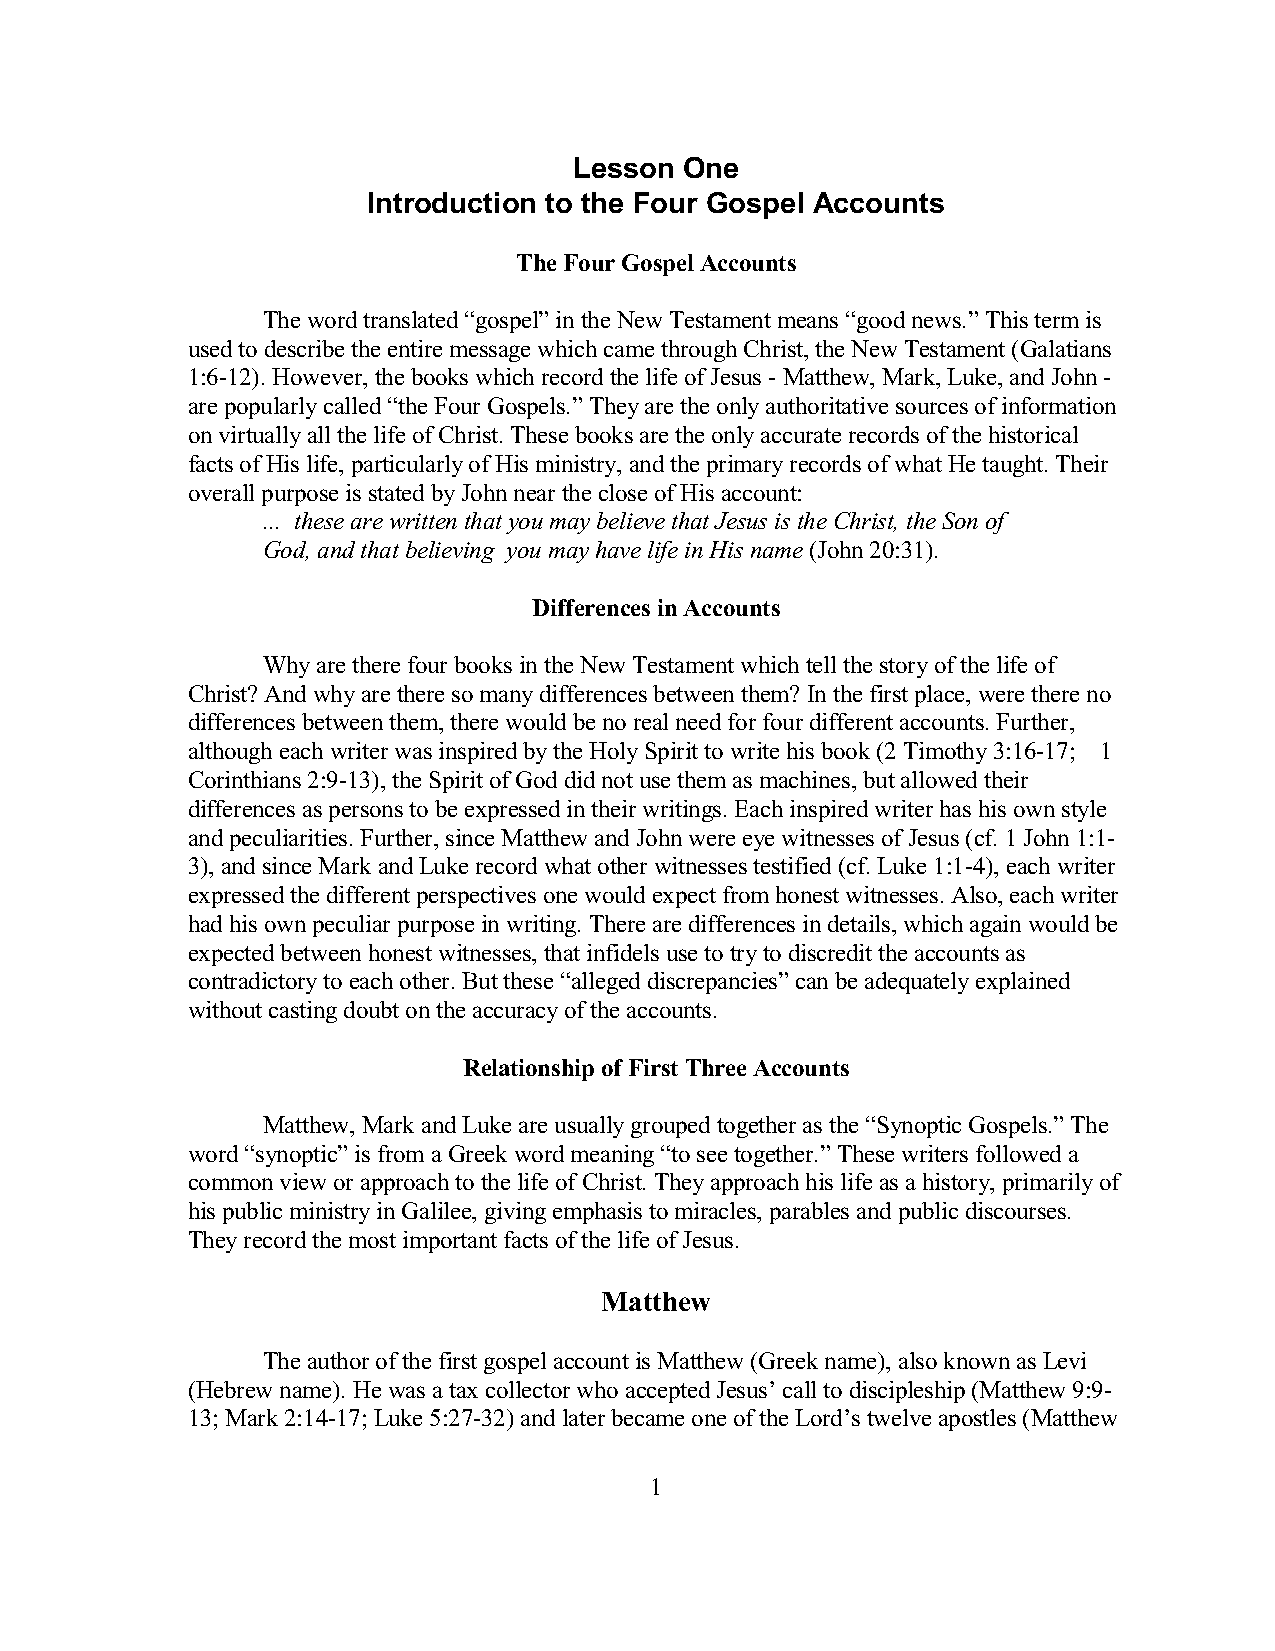
Lesson One
 Introduction to the Four Gospel Accounts
 The Four Gospel Accounts
 The word translated “gospel” in the New Testament means “good news.” This term is
 used to describe the entire message which came through Christ, the New Testament (Galatians
 1:6-12). However, the books which record the life of Jesus - Matthew, Mark, Luke, and John -
 are popularly called “the Four Gospels.” They are the only authoritative sources of information
 on virtually all the life of Christ. These books are the only accurate records of the historical
 facts of His life, particularly of His ministry, and the primary records of what He taught. Their
 overall purpose is stated by John near the close of His account:
 ... these are written that you may believe that Jesus is the Christ, the Son of
 God, and that believing you may have life in His name (John 20:31).
 Differences in Accounts
 Why are there four books in the New Testament which tell the story of the life of
 Christ? And why are there so many differences between them? In the first place, were there no
 differences between them, there would be no real need for four different accounts. Further,
 although each writer was inspired by the Holy Spirit to write his book (2 Timothy 3:16-17; 1
 Corinthians 2:9-13), the Spirit of God did not use them as machines, but allowed their
 differences as persons to be expressed in their writings. Each inspired writer has his own style
 and peculiarities. Further, since Matthew and John were eye witnesses of Jesus (cf. 1 John 1:1-
 3), and since Mark and Luke record what other witnesses testified (cf. Luke 1:1-4), each writer
 expressed the different perspectives one would expect from honest witnesses. Also, each writer
 had his own peculiar purpose in writing. There are differences in details, which again would be
 expected between honest witnesses, that infidels use to try to discredit the accounts as
 contradictory to each other. But these “alleged discrepancies” can be adequately explained
 without casting doubt on the accuracy of the accounts.
 Relationship of First Three Accounts
 Matthew, Mark and Luke are usually grouped together as the “Synoptic Gospels.” The
 word “synoptic” is from a Greek word meaning “to see together.” These writers followed a
 common view or approach to the life of Christ. They approach his life as a history, primarily of
 his public ministry in Galilee, giving emphasis to miracles, parables and public discourses.
 They record the most important facts of the life of Jesus.
 Matthew
 The author of the first gospel account is Matthew (Greek name), also known as Levi
 (Hebrew name). He was a tax collector who accepted Jesus’ call to discipleship (Matthew 9:9-
 13; Mark 2:14-17; Luke 5:27-32) and later became one of the Lord’s twelve apostles (Matthew
 1